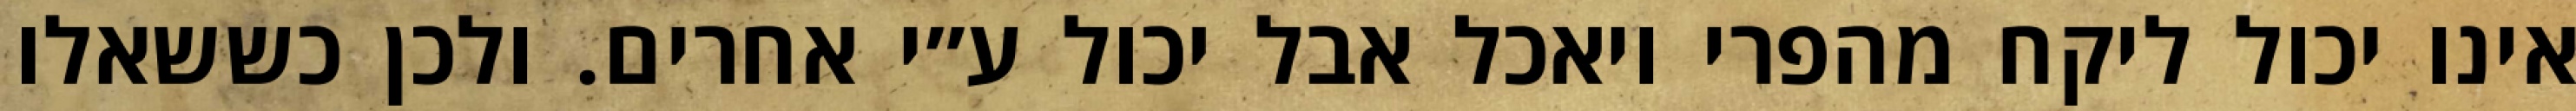
אינו יכול ליקח מהפרי ויאכל אבל יכול ע״י אחרים. ולכן כששאלו